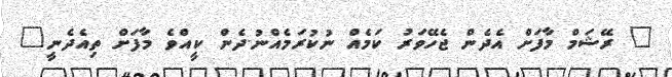
" ރޭޝަމް މާފަށް އެދެން ޖެހޭވަރު ކަމެއް ނުކުރަމެއްނު.ދެން ކީއްވެ މާފަށް ތިއެދެނީ"